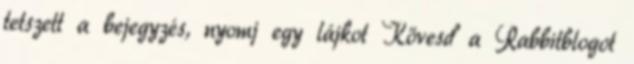
tetszett a bejegyzés, nyomj egy lájkot Kövesd a Rabbitblogot